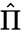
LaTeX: \hat{\Pi}